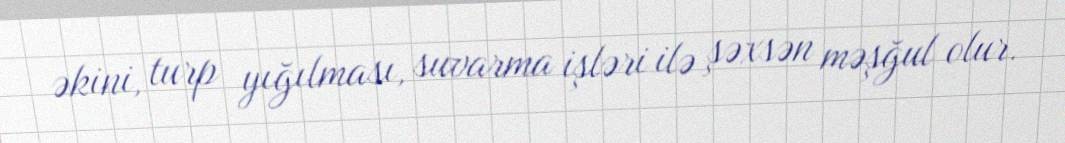
əkini, turp yığılması, suvarma işləri ilə şəxsən məşğul olur.